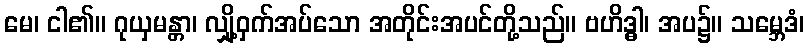
မေ၊ ငါ၏။ ဂုယှမန္တာ၊ လျှို့ဝှက်အပ်သော အတိုင်းအပင်တို့သည်။ ဗဟိဒ္ဓါ၊ အပ၌။ သမ္ဘေဒံ၊